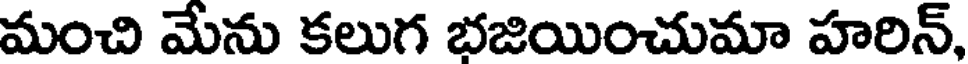
మంచి మేను కలుగ భజియించుమా హరిన్,